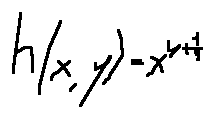
h ( x , y ) = x ^ { y + \frac { 1 } { y } }